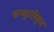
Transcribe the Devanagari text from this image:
कप्यूटरीकृत